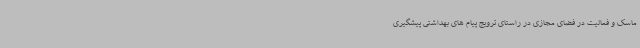
ماسک و فعالیت در فضای مجازی در راستای ترویج پیام های بهداشتی پیشگیری